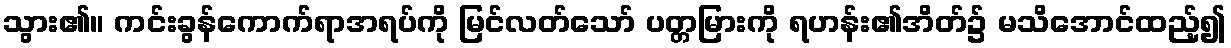
သွား၏။ ကင်းခွန်ကောက်ရာအရပ်ကို မြင်လတ်သော် ပတ္တမြားကို ရဟန်း၏အိတ်၌ မသိအောင်ထည့်၍